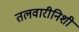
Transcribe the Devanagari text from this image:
तलवारीनिशी